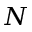
N